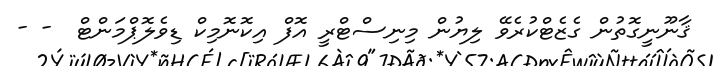
ޤާނޫނީގޮތުން ގެޒެޓްކުރެވޭ ލިޔުން މިނިސްޓްރީ އޮފް އިކޮނޮމިކް ޑިވެލޮޕްމަންޓް  - -